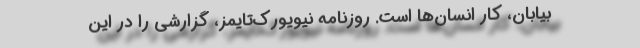
بیابان، کار انسان‌ها است. روزنامه نیویورک‌تایمز، گزارشی را در این